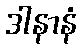
ဒါနာနံ